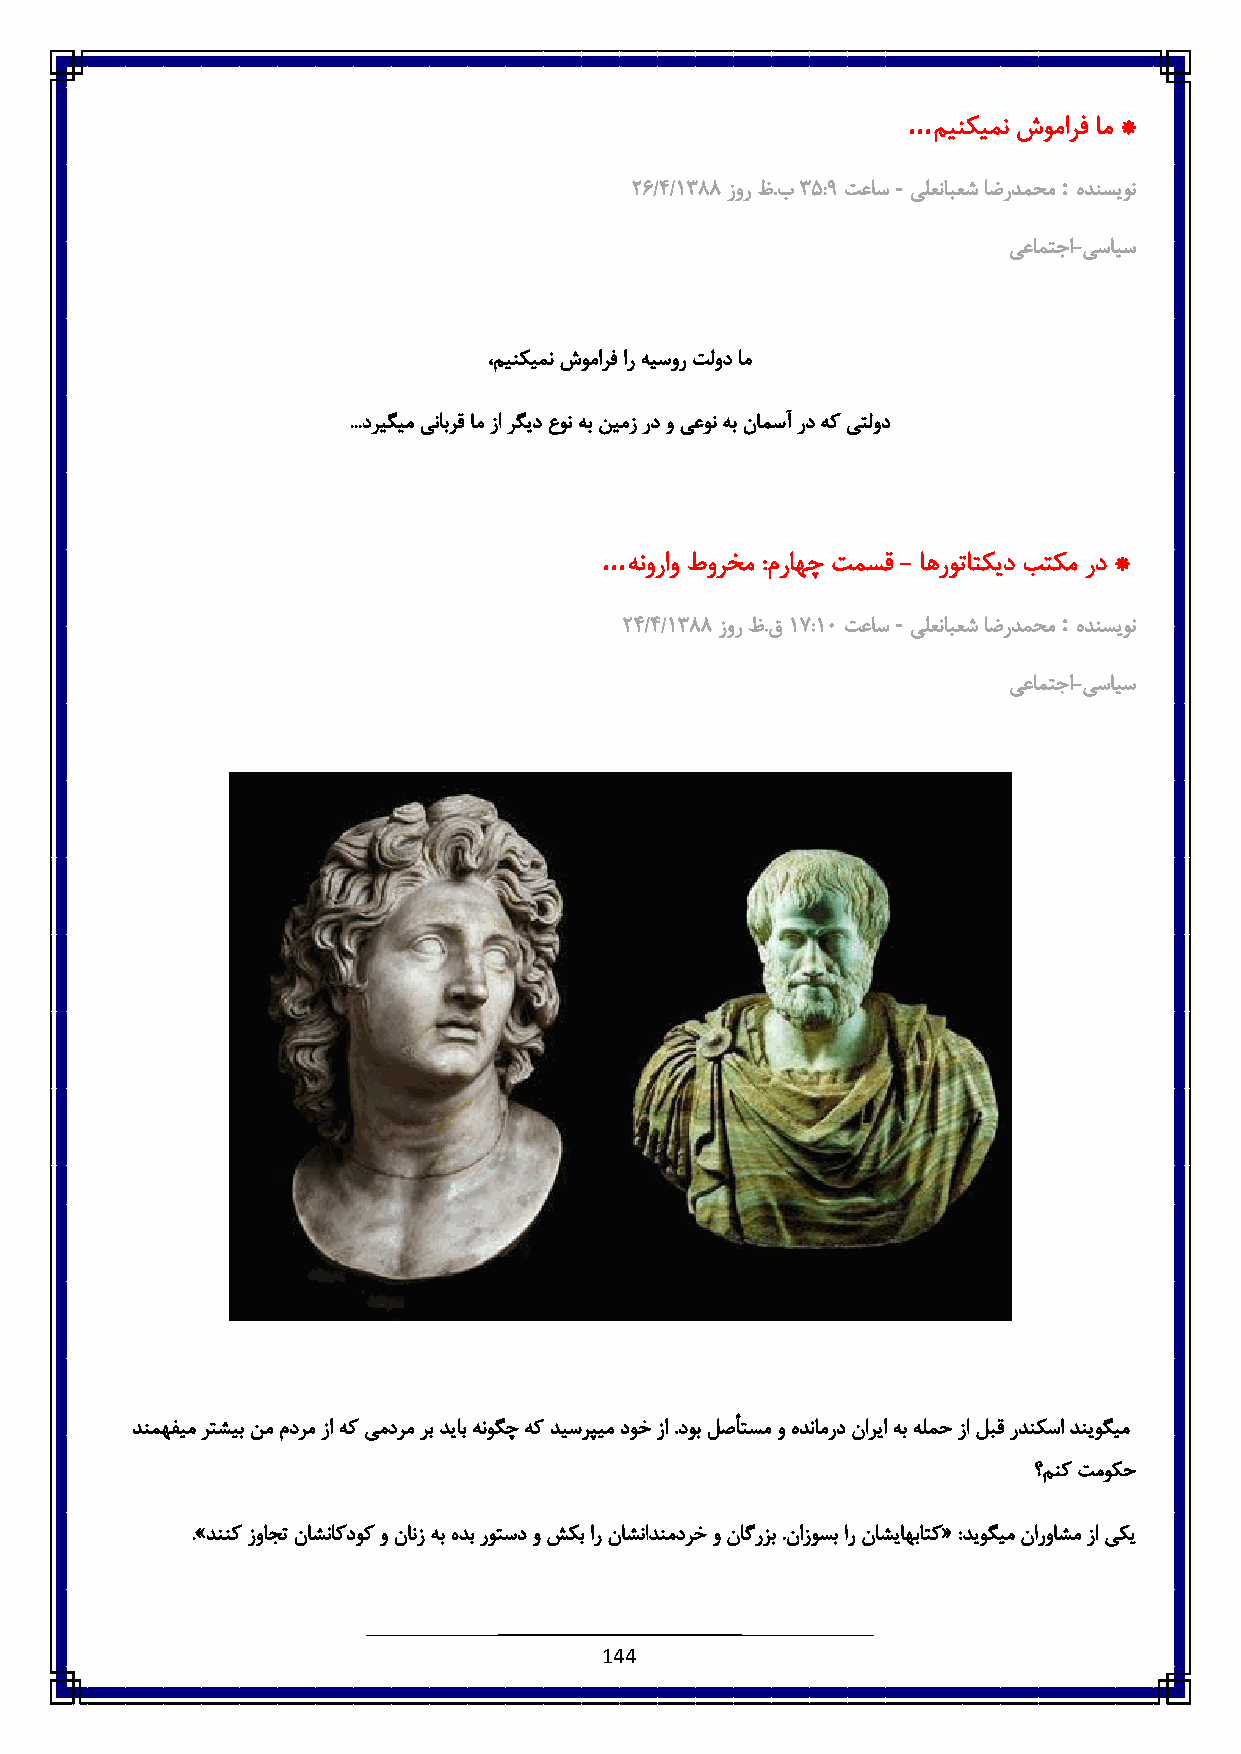
...
 مینکیمن شومارف ام *
 -          :
 :1/٠/6833 زور ظ.ب8 ٠:3 تعاس یلعنابعش اضردمحم هدنسیون
 یعامتجا-یسایس
 ،مینکیمن شومارف ار هیسور تلود ام
 ...دریگیم ینابرق ام زا رگید عون هب نیمز رد و یعون هب نامسآ رد هک یتلود
 ...
 هنوراو طورخم :مراهچ تمسق - اهروتاتکید بتکم رد *
 -          :
 :٠/٠/6833 زور ظ.ق6 ٧:6٥ تعاس یلعنابعش اضردمحم هدنسیون
 یعامتجا-یسایس
 دنمهفیم رتشیب نم مدرم زا هک یمدرم رب دیاب هنوگچ هک دیسرپیم دوخ زا .دوب لصأتسم و هدنامرد ناریا هب هلمح زا لبق ردنکسا دنیوگیم
 ؟منک تموکح
 .»دننک زواجت ناشناکدوک و نانز هب هدب روتسد و شکب ار ناشنادنمدرخ و ناگرزب .نازوسب ار ناشیاهباتک« :دیوگیم نارواشم زا یکی
 144